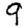
Digit: 9